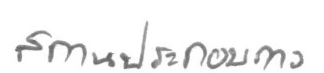
สถานประกอบการ